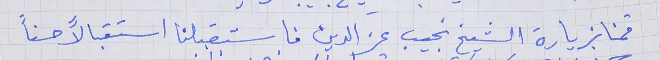
قمنا بزيارة الشيخ نجيب عز الدين فاستقبلنا استقبالاً حسناً